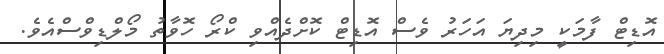
އޮޑިޓް ފާމަކީ މިދިޔަ އަހަރު ވެސް އޮޑިޓް ކޮށްދެއްވި ކްރޯ ހޮވާތު މޯލްޑިވްސްއެވެ.